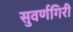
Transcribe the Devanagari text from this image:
सुवर्णगिरी